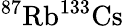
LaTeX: ^{87}\mathrm{Rb}^{133}\mathrm{Cs}